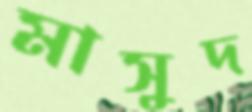
মাসুদ